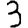
Digit: 3